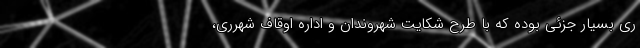
ری بسیار جزئی بوده که با طرح شکایت شهروندان و اداره اوقاف شهرری،